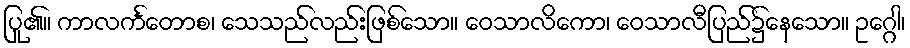
ပြု၏။ ကာလင်္ကတောစ၊ သေသည်လည်းဖြစ်သော။ ဝေသာလိကော၊ ဝေသာလီပြည်၌နေသော။ ဥဂ္ဂေါ၊